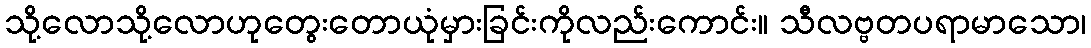
သို့လောသို့လောဟုတွေးတောယုံမှားခြင်းကိုလည်းကောင်း။ သီလဗ္ဗတပရာမာသော၊